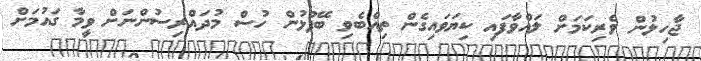
ޖާހިލުން ވެރިކަމަށް ލައްވާފައި ކިޔަވައިގެން ތިއްބެވި ބޭފުޅުން ހުސް މުދައްރިސުންނަށް ވީމާ ގައުމަށް